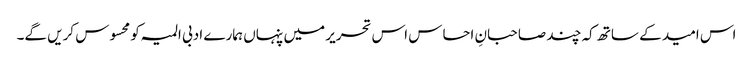
اس امید کے ساتھ کہ چند صاحبانِ احساس اس تحریر میں پنہاں ہمارے ادبی المیہ کو محسوس کریں گے۔